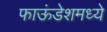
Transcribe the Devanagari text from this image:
फाऊंडेशमध्ये